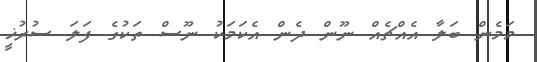
މަމެން ބަލާ އެއްޗެއް ނޫން ދެން އެކަމަކު ނޫސް ތަކުގެ ފަލަ ސުރުޚީ